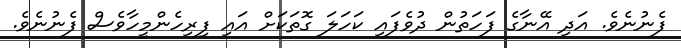
ފެނުނެވެ. އަދި އޭނާގެ ފަހަތުން ދުވެފައި ކަހަލަ ގޮތަކަށް އައި ފިރިހެންމީހާވެސް ފެނުނެވެ.